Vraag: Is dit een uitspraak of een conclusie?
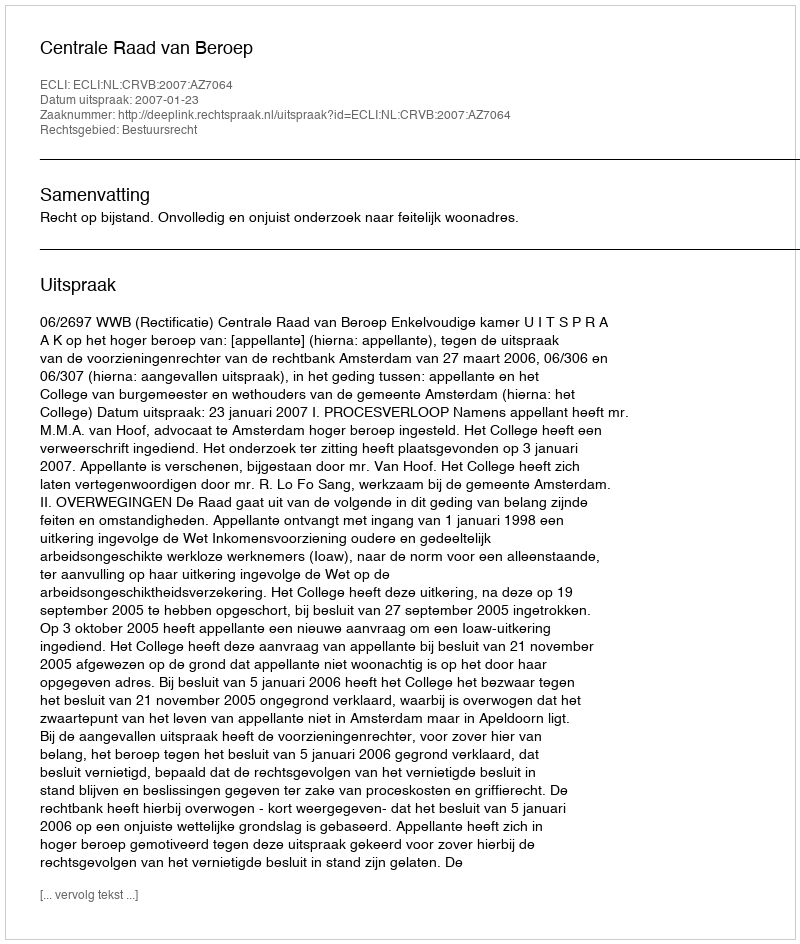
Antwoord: Uitspraak